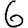
Digit: 6